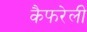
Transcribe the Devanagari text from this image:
कैफरेली